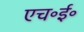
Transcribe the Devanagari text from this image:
एच॰ई॰